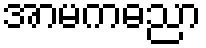
အာမကဓညာ